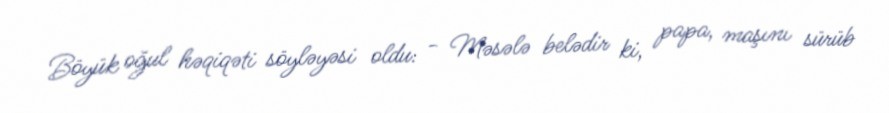
Böyük oğul həqiqəti söyləyəsi oldu: - Məsələ belədir ki, papa, maşını sürüb